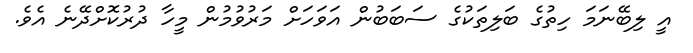
އީ ލިބޭނަމަ ހިތުގެ ބަލިތަކުގެ ސަބަބުން އަވަހަށް މަރުވުމުން މީހާ ދުރުކޮށްދޭނެ އެވެ.